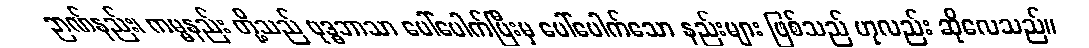
ဉာဏ်နည်း၊ ကမ္မနည်း တို့သည် ဗုဒ္ဓဘာသာ ပေါ်ပေါက်ပြီးမှ ပေါ်ပေါက်သော နည်းများ ဖြစ်သည် ဟုလည်း ဆိုလေသည်။